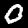
Label: 0